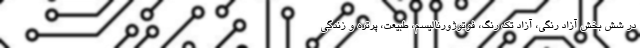
در شش بخش آزاد رنگی، آزاد تک رنگ، فوتوژورنالیسم، طبیعت، پرتره و زندگی